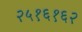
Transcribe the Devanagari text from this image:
२५१६१६२